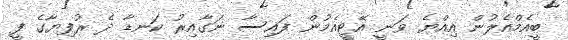
ބީއެމްއެލުން އިއްޔެ ވަނީ އޭޓީއެމުން ފައިސާ ނަގާއިރު ކަނޑާ ދެ ރުފިޔާގެ ފީ